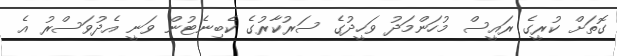
ގޮތަށް ކުރީގެ ރައީސް މުހަންމަދު ވަހީދުގެ ސަރުކާރުގެ ކެބިނެޓުން ވަނީ އެދުވަސްރު އެ